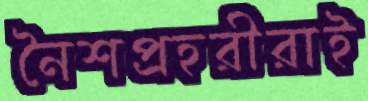
নৈশপ্রহরীরাই